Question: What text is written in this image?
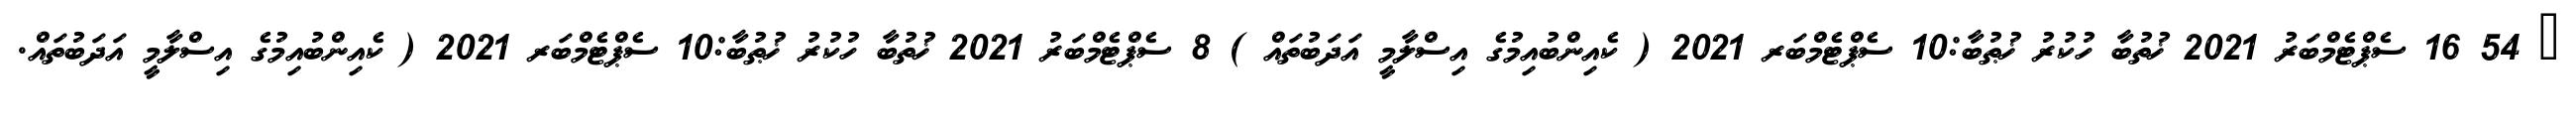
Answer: ? 54 16 ސެޕްޓެމްބަރު 2021 ޚުތުބާ ހުކުރު ޚުޠުބާ:10 ސެޕްޓެމްބަރ 2021 ( ކެއިންބުއިމުގެ އިސްލާމީ އަދަބުތައް ) 8 ސެޕްޓެމްބަރު 2021 ޚުތުބާ ހުކުރު ޚުޠުބާ:10 ސެޕްޓެމްބަރ 2021 ( ކެއިންބުއިމުގެ އިސްލާމީ އަދަބުތައް.